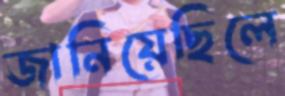
জানিয়েছিলে